Vaccination in Bombay 1889-1901 - 1889-1901
Year: 1889
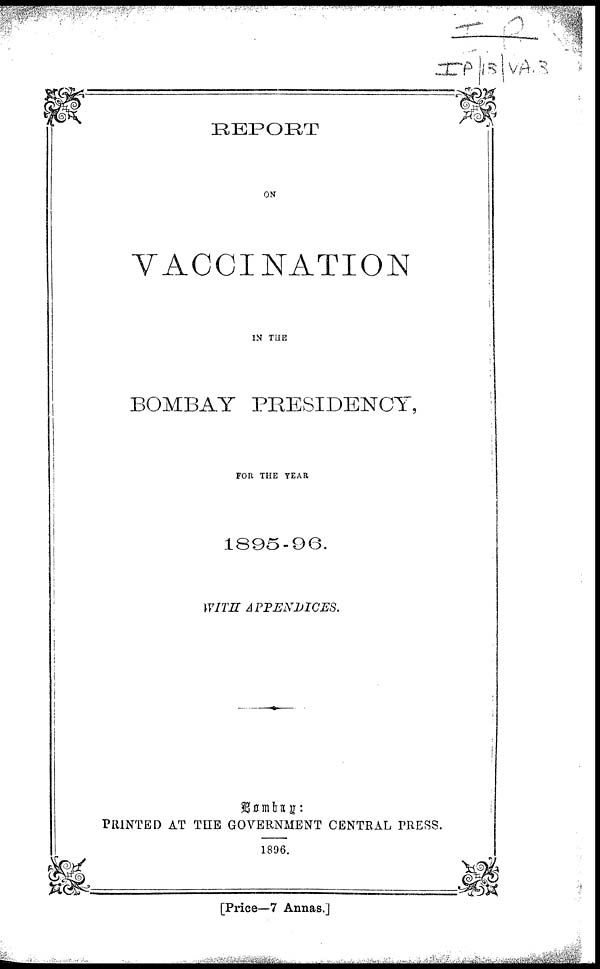
REPORT
ON
VACCINATION
IN THE
BOMBAY PRESIDENCY,
FOR THE YEAR
1895-96.
WITH
APPENDICES.
Bombay:
PRINTED AT THE GOVERNMENT CENTRAL PRESS.
1896.
[Price—7 Annas.]